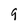
Character: 9